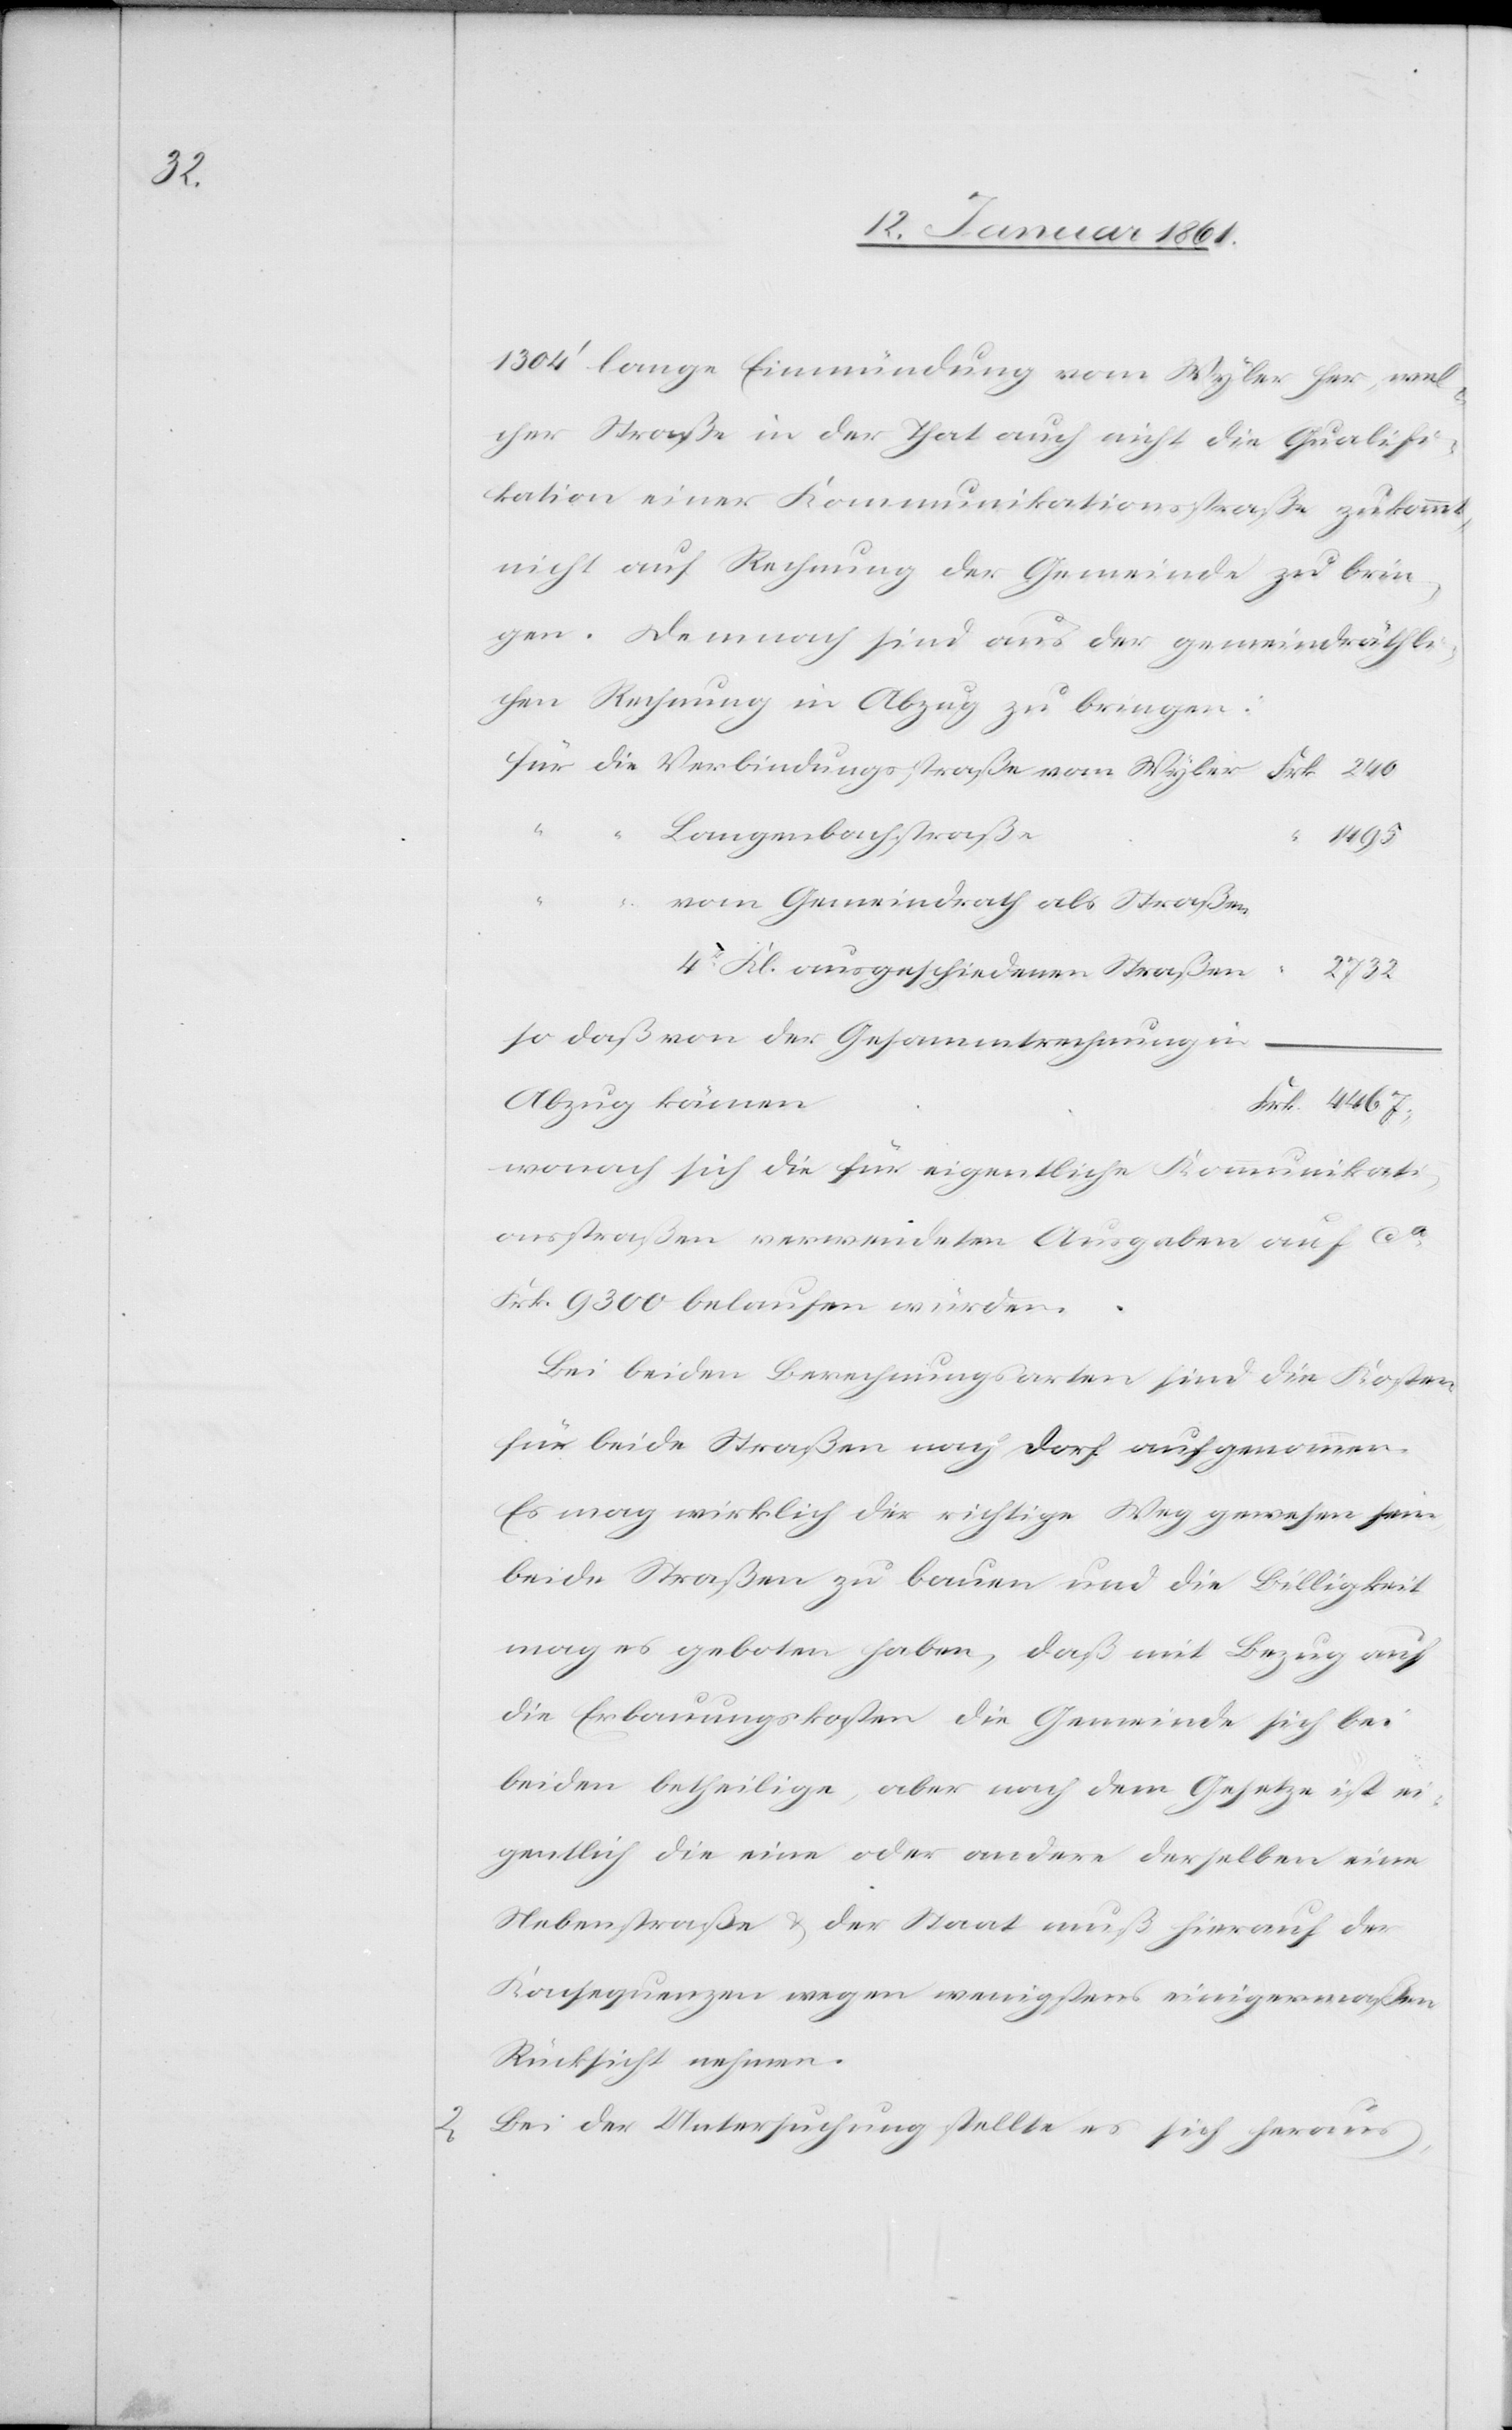
240.

1304’ lange Einmündung vom Wyler her, wel¬
cher Straße in der That auch nicht die Qualifi¬
kation einer Kommunikationsstraße zukommt,
nicht auf Rechnung der Gemeinde zu brin¬
gen. Demnach sind aus der gemeindräthli¬
chen Rechnung in Abzug zu bringen:
Langenbachstraße
4467.
vom Gemeindrath als Strassen
4. Kl. ausgeschiedenen Straßen
2732
so daß von der Gesammtrechnung in
Abzug kämen
wonach sich die für eigentliche Kommunikati¬
onsstraßen verwendeten Ausgaben auf ca
Frk. 9300 belaufen würden.
Bei beiden Berechnungsarten sind die Kosten
für beide Straßen nach Dorf aufgenommen.
Es mag wirklich der richtige Weg gewesen sein,
beide Straßen zu bauen und die Billigkeit
mag es geboten haben, daß mit Bezug auf
die Erbauungskosten die Gemeinde sich bei
beiden betheilige, aber nach dem Gesetze ist ei¬
gentlich die eine oder andere derselben eine
Nebenstraße u. der Staat muß hierauf der
Konsequenzen wegen wenigstens einigermaßen
Rücksicht nehmen.
2) Bei der Untersuchung stellte es sich heraus,